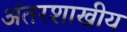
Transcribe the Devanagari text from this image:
अंतरशाखीय